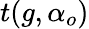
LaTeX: t(g,\alpha_{o})